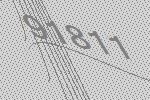
91811